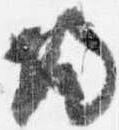
帰